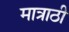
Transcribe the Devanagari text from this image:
मात्राठी